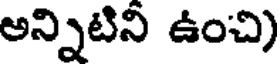
అన్నిటినీ ఉంచి)